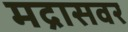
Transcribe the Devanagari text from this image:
मद्रासवर